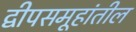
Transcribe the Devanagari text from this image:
द्वीपसमूहांतील